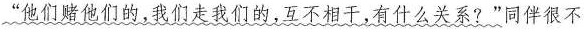
”他们赌他们的，我们走我们的，互不想干，有什么关系?”同伴很不